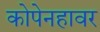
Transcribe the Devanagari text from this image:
कोपेनहावर